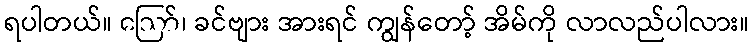
ရပါတယ်။ ဪ၊ ခင်ဗျား အားရင် ကျွန်တော့် အိမ်ကို လာလည်ပါလား။